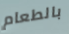
بالطعام